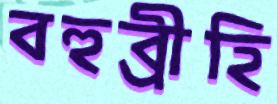
বহুব্রীহি